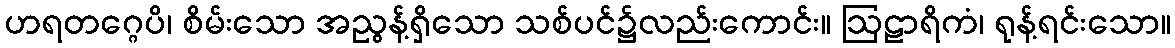
ဟရတဂ္ဂေပိ၊ စိမ်းသော အညွန့်ရှိသော သစ်ပင်၌လည်းကောင်း။ ဩဠာရိကံ၊ ရုန့်ရင်းသော။